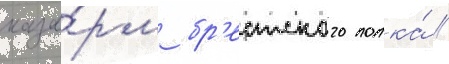
каза́рм бр'естского полка́ //